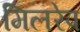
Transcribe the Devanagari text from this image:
मिलरेप